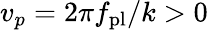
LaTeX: v_{p}=2\pi f_{\mathrm{pl}}/k>0